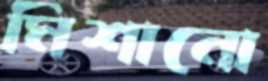
মিশানো